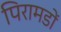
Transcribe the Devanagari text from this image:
पिरामडों